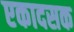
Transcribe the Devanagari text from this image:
एकादसक